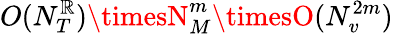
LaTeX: O(N_{T}^{\mathbb{R}})\timesN_{M}^{m}\timesO(N_{v}^{2m})